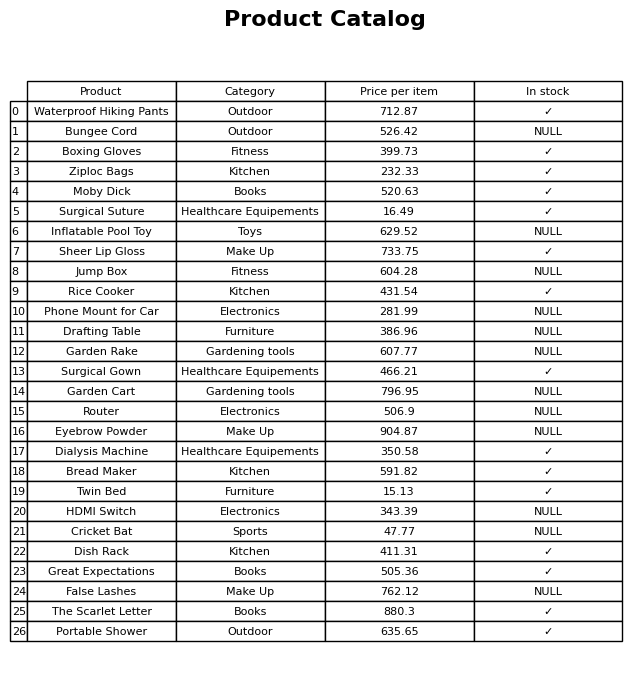
question: What is the price of the Eyebrow Powder?
answer: The price of Eyebrow Powder is 904.87.